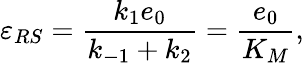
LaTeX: \varepsilon_{RS}=\frac{k_{1}e_{0}}{k_{-1}+k_{2}}=\frac{e_{0}}{K_{M}},